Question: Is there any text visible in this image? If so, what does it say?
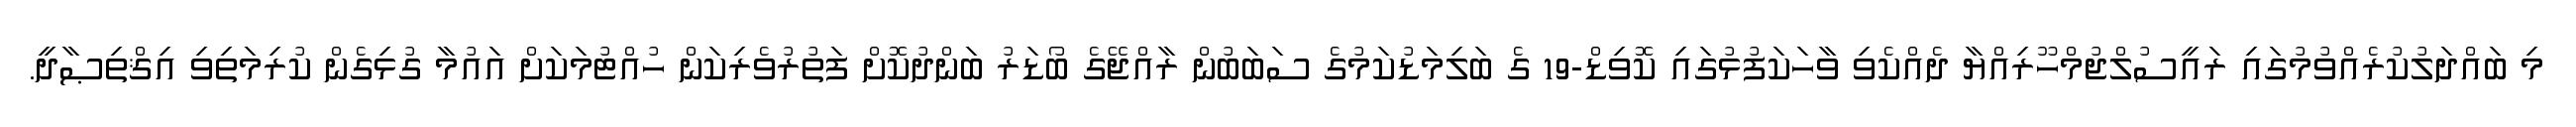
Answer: މި ބައްދަލުކުރެއްވުމުގައި ރައީސުލްޖުމްހޫރިއްޔާ ދެއްކެވި ވާހަކަފުޅުގައި ކޮވިޑް-19 ގެ ބަލިމަޑުކަމުގެ ސަބަބުން ރާއްޖޭގެ ބޯޑަރު ބަންދުކޮށް ފަތުރުވެރިކަން ހުއްޓުމަކަށް އައުމާ ގުޅިގެން ކުރިމަތިވި އިޤްތިޞާދީ.